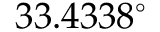
3 3 . 4 3 3 8 ^ { \circ }